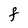
Character: F